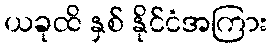
ယခုထိ နှစ် နိုင်ငံအကြား